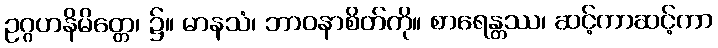
ဥဂ္ဂဟနိမိတ္တေ၊ ၌။ မာနသံ၊ ဘာဝနာစိတ်ကို။ စာရေန္တဿ၊ ဆင့်ကာဆင့်ကာ